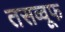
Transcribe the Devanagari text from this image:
तसव्वूफ